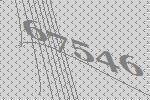
67546